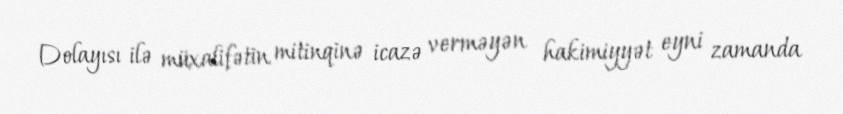
Dolayısı ilə müxalifətin mitinqinə icazə verməyən hakimiyyət eyni zamanda